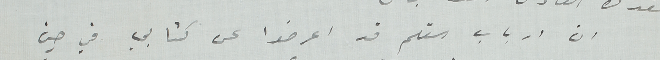
ان ارباب القلم قد اعرضوا عن كتابي في حين